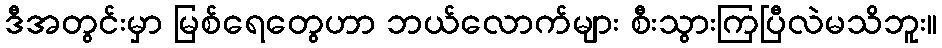
ဒီအတွင်းမှာ မြစ်ရေတွေဟာ ဘယ်လောက်များ စီးသွားကြပြီလဲမသိဘူး။